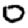
Digit: 0